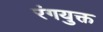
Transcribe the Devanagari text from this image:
रंगयुक्त